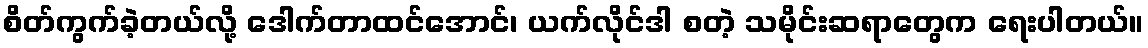
စိတ်ကွက်ခဲ့တယ်လို့ ဒေါက်တာထင်အောင်၊ ယက်လိုင်ဒါ စတဲ့ သမိုင်းဆရာတွေက ရေးပါတယ်။